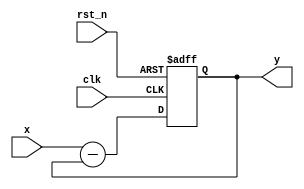
`timescale 1ns / 1ps
//////////////////////////////////////////////////////////////////////////////////
// Company: 
// 
// Design Name:    cic_comb
// Module Name:    cic_comb.v 
// Project Name:   FPGA Mixed Signal Oscilloscope
// Target Devices: 
// Tool versions: 
// Description: 	Provides a generic comb stage implmentation.
//
//						A from scratch implementation of a Cascading Integrator-Comb
//                Filter inspired by the the article:
//						'A Beginner's Guide To Cascaded Integrator-Comb (CIC) Filters'						
//						https://www.dsprelated.com/showarticle/1337.php
//
// Dependencies: 
//
// Revision: 
// Revision 0.01 - File Created
// Additional Comments: 
// License:        https://www.apache.org/licenses/LICENSE-2.0
//
//////////////////////////////////////////////////////////////////////////////////
module cic_comb
	#(
		// characteristics
		parameter D = 1,						// feedback delay line length - default 1
		
		// precision
		parameter PRECISION = 12			// the vertical precision
	)
	(
		input rst_n,							// reset (active low)
		input clk,								// clock
		input signed [PRECISION-1:0] x,	// stage input
		output signed [PRECISION-1:0] y	// stage output
    );

	reg signed [PRECISION-1:0] z[0:D-1];
	
	integer i;
	
	always @(posedge clk or negedge rst_n) begin
		if (!rst_n) begin
			for (i = 0; i < D; i = i + 1) begin
				z[i] <= 0;
			end
		end else begin
			z[0] <= x - z[D-1];
			for (i = 1; i < D; i = i + 1) begin
				z[i] <= z[i-1];
			end
		end
	end
	
	assign y = z[0];
	
endmodule